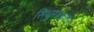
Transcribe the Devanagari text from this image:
सिंधुरक्षकला